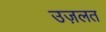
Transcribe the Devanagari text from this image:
उज़लत